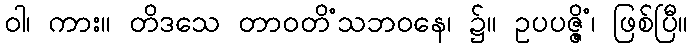
ဝါ၊ ကား။ တိဒသေ တာဝတိံသဘဝနေ၊ ၌။ ဥပပဇ္ဇိံ၊ ဖြစ်ပြီ။